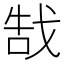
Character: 𫻵